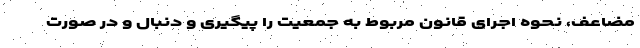
مضاعف، نحوه اجرای قانون مربوط به جمعیت را پیگیری و دنبال و در صورت